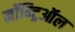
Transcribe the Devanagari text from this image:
मॉन्ट्रिऑल